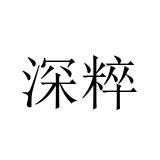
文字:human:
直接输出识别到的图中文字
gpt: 深粹